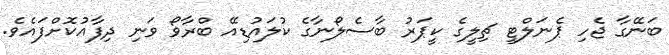
ބަނޭގާ ޖެހި ޕެނަލްޓީ ޗިލީގެ ކީޕަރު ބާސެލޯނާގެ ކުލައުޑިއޭ ބްރާވޯ ވަނި ދިފާއުކޮށްފައެވެ.